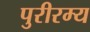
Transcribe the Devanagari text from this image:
पुरीरम्य